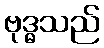
ဗုဒ္ဓသည်